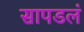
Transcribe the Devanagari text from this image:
सापडलं